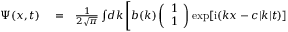
\begin{array} { r l r } { \Psi ( { x } , t ) } & { { } = } & { \frac { 1 } { 2 \sqrt { \pi } } \int \! d k \left[ b ( { k } ) \left( \begin{array} { c } { 1 } \\ { 1 } \end{array} \right) \exp [ \mathrm { i } ( k x - c | k | t ) ] \right. } \end{array}